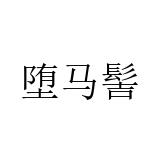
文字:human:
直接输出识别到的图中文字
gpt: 堕马髻